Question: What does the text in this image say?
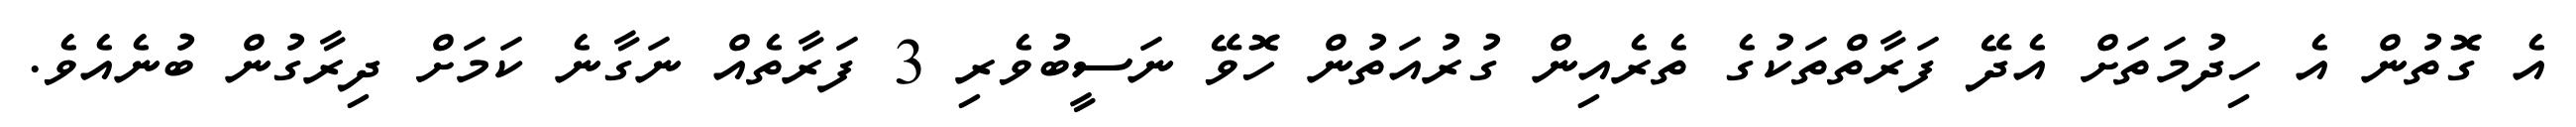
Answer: އެ ގޮތުން އެ ހިދުމަތަށް އެދޭ ފަރާތްތަކުގެ ތެރެއިން ގުރުއަތުން ހޮވޭ ނަސީބުވެރި 3 ފަރާތެއް ނަގާނެ ކަމަށް ދިރާގުން ބުނެއެވެ.